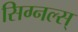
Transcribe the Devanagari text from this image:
सिग्नल्स्